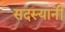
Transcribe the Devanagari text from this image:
सदस्यानी